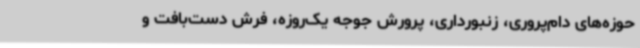
حوزه‌های دام‌پروری، زنبورداری، پرورش جوجه یک‌روزه، فرش دست‌بافت و